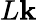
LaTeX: L\mathbf{k}